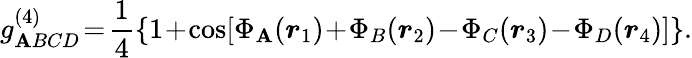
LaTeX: g_{\mathbf{A}BCD}^{(4)}\! =\! \frac{{1}}{{4}}\left\{ 1\! +\! \cos[\Phi_{\mathbf{A}}(\boldsymbol{r}_{1})\! +\! \Phi_{B}(\boldsymbol{r}_{2})\! -\! \Phi_{C}(\boldsymbol{r}_{3})\! -\! \Phi_{D}(\boldsymbol{r}_{4})]\right\} .